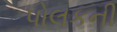
પોલકની